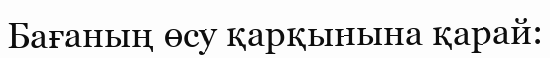
Бағаның өсу қарқынына қарай: